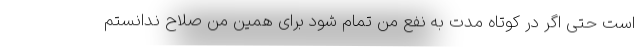
است حتی اگر در کوتاه مدت به نفع من تمام شود برای همین من صلاح ندانستم